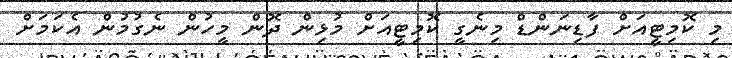
މި ކޮމިޓީއަށް ފާޑިނަންޑް މިނެގީ ކޮމިޓީއަށް މުޅިން ދޮން މީހުން ނެގުމުން އެކަމަށް